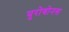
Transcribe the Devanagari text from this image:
युरोबोनस